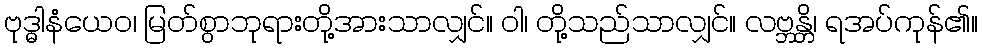
ဗုဒ္ဓါနံယေဝ၊ မြတ်စွာဘုရားတို့အားသာလျှင်။ ဝါ၊ တို့သည်သာလျှင်။ လဗ္ဘန္တိ၊ ရအပ်ကုန်၏။